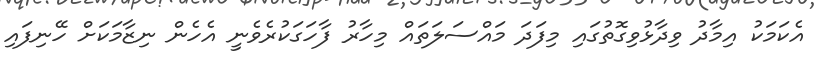
އެކަމަކު އިމާދު ވިދާޅުވިގޮތުގައި މިފަދަ މައްސަލަތައް މިހާރު ފާހަގަކުރެވެނީ އެހެން ނިޒާމަކަށް ހޭނިފައި